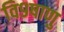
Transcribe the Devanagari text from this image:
वि९षाणु